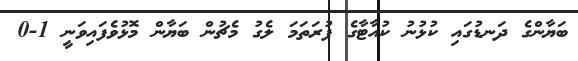
ބަޔާންގެ ދަނޑުގައި ކުޅުނު ކުއާޓާގެ ފުރަތަމަ ލެގު މެޗުން ބަޔާން މޮޅުވެފައިވަނީ 1-0